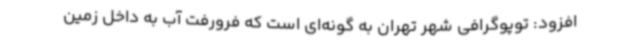
افزود: توپوگرافی شهر تهران به گونه‌ای است که فرورفت آب به داخل زمین